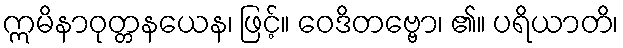
ဣမိနာဝုတ္တနယေန၊ ဖြင့်။ ဝေဒိတဗ္ဗော၊ ၏။ ပရိယာတိ၊